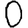
Digit: 0